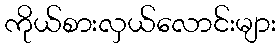
ကိုယ်စားလှယ်လောင်းများ